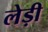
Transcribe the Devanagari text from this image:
लेड़ी